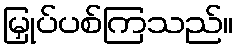
မြှုပ်ပစ်ကြသည်။